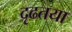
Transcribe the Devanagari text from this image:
दृढतया